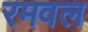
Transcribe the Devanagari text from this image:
रमवल